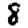
Digit: 8